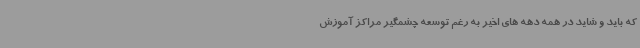
که باید و شاید در همه دهه های اخیر به رغم توسعه چشمگیر مراکز آموزش